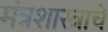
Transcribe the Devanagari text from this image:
मंत्रशास्त्राचे